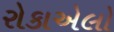
રોકાએલો